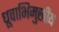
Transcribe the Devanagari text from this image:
ध्रुवाभिमुखीय